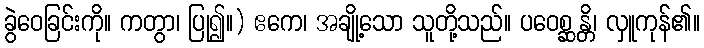
ခွဲဝေခြင်းကို။ ကတွာ၊ ပြု၍။) ဧကေ၊ အချို့သော သူတို့သည်။ ပဝေစ္ဆန္တိ၊ လှူကုန်၏။